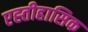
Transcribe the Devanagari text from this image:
एह्तीहासिक